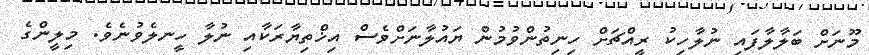
މޫނަށް ބަލާލާފައި ނުލާހިކު ރީއްޗަށް ހިނިތުންވުމުން ޔައުލާނަށްވެސް އިޚްތިޔާރަކާއި ނުލާ ހީނލެވުނެވެ. މިލީންގެ